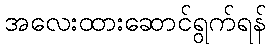
အလေးထားဆောင်ရွက်ရန်